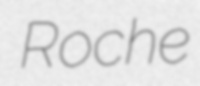
Roche